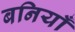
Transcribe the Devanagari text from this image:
बनियाँ